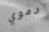
دموي